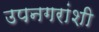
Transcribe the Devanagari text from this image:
उपनगरांशी